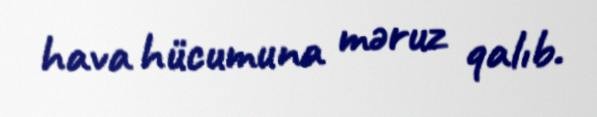
hava hücumuna məruz qalıb.